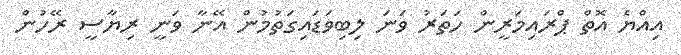
އިއްޔެ އޮތް ޕްރައިމަރީން ހަތަރު ވަނަ ލިބިވަޑައިގަތުމުން އޭނާ ވަނީ ރިޔާސީ ރޭހުން